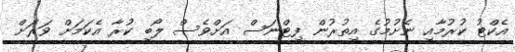
އެކްޓު ކުރުމާއި ނެށުމުގެ އިތުރުން ފިޓްނަސް އަށްވެސް ލޯބި ކުރާ އެކަމަށް ވަރަށް